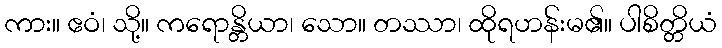
ကား။ ဧဝံ၊ သို့။ ကရောန္တိယာ၊ သော။ တဿာ၊ ထိုရဟန်းမ၏။ ပါစိတ္တိယံ